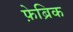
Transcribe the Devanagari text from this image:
फ़ेब्रिक